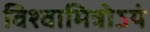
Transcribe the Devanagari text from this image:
विश्वामित्रोऽयं